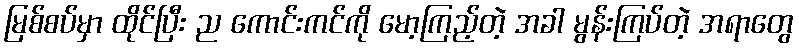
မြစ်စပ်မှာ ထိုင်ပြီး ည ကောင်းကင်ကို မော့ကြည့်တဲ့ အခါ မွန်းကြပ်တဲ့ အရာတွေ